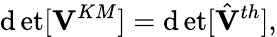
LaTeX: \operatorname*{\mathrm{d}et}[{\mathbf{V}}^{KM}]=\operatorname*{\mathrm{d}et}[{\hat{{\mathbf{V}}}}^{th}],